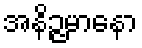
အနိဉ္ဇမာနော